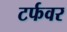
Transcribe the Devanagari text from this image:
टर्फवर